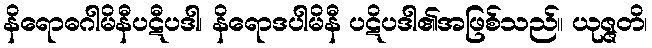
နိရောဓဂါမိနီပဋီပဒါ၊ နိရောဒပါမိနီ ပဋိပဒါ၏အဖြစ်သည်။ ယုဇ္ဇတိ၊